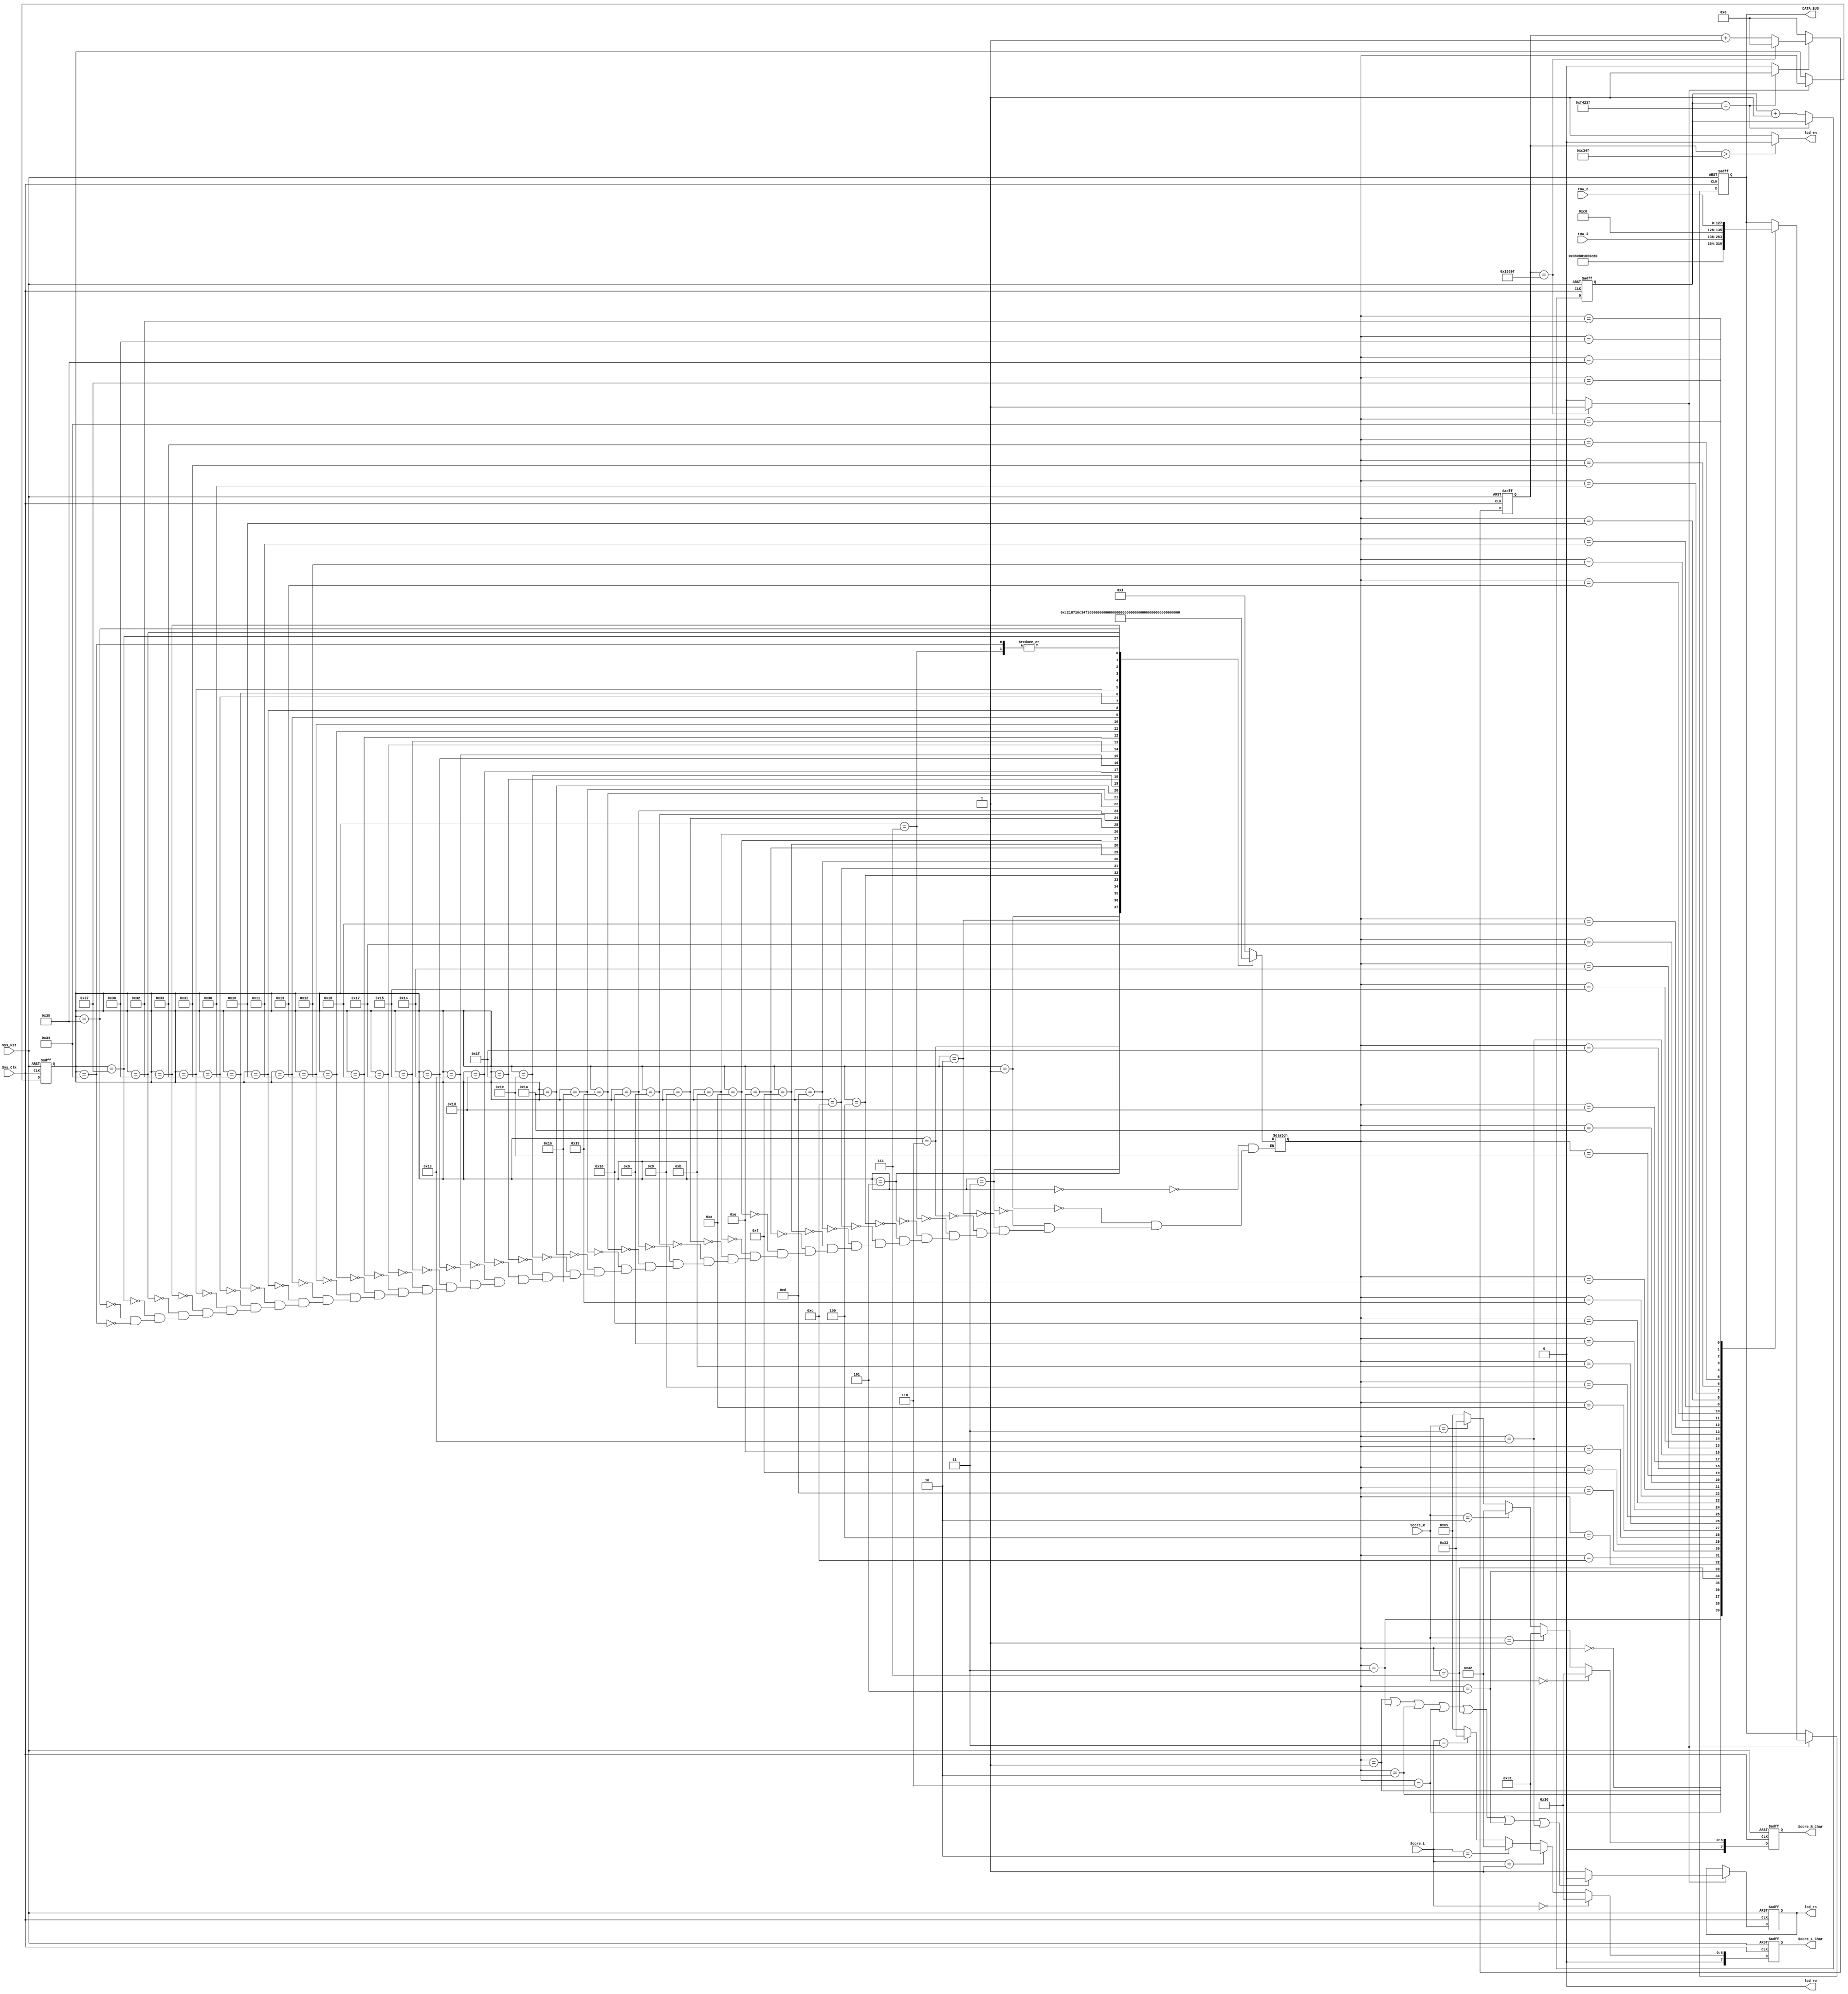
module LCD1602(
    input Sys_Clk,
    input Sys_Rst,
	input [127:0] row_1,
	input [127:0] row_2,
	input [3:0] Score_L,
	input [3:0] Score_R,
    output lcd_en,
    output lcd_rw,  //0.
    output reg lcd_rs,
    output reg [7:0] DATA_BUS,
	output reg [7:0] Score_L_Char,//L
	output reg [7:0] Score_R_Char//R
    );
	
reg  [5:0]    Curr_St ;
reg  [5:0]    Next_St ;

parameter TIME_20MS = 1000_000 ;

parameter TIME_500HZ= 100_000  ;
 
parameter Prepare=8'h00;//0x00                     
parameter Set_Function=8'h01;//5x78(0x38)       
parameter Disp_Off=8'h03;//,(0x08)
parameter Disp_Clear=8'h02;//(0x01)
parameter Entry_Mode=8'h06;//(0x06)
parameter Disp_On=8'h07;//(0x0c)
parameter Row1_Addr=8'h05;//0,00x80      
parameter Row1_0=8'h04;//00+800x80
parameter Row1_1=8'h0C;parameter Row1_2=8'h0D;
parameter Row1_3=8'h0F;parameter Row1_4=8'h0E;
parameter Row1_5=8'h0A;parameter Row1_6=8'h0B;
parameter Row1_7=8'h09;parameter Row1_8=8'h08;
parameter Row1_9=8'h18;parameter Row1_A=8'h19;
parameter Row1_B=8'h1B;parameter Row1_C=8'h1A;
parameter Row1_D=8'h1E;parameter Row1_E=8'h1F;
parameter Row1_F=8'h1D  ;

parameter Row2_ADDR=8'h1C  ;//40+80(1,0)(0xC0)
parameter Row2_0=8'h14;parameter Row2_1=8'h15;
parameter Row2_2=8'h17;parameter Row2_3=8'h16;
parameter Row2_4=8'h12;parameter Row2_5=8'h13;
parameter Row2_6=8'h11;parameter Row2_7=8'h10;
parameter Row2_8=8'h30;parameter Row2_9=8'h31;
parameter Row2_A=8'h33;parameter Row2_B=8'h32;
parameter Row2_C=8'h36;parameter Row2_D=8'h37;
parameter Row2_E=8'h35;parameter Row2_F=8'h34;


//20ms
reg [19:0] cnt_20ms ;
always  @(posedge Sys_Clk or negedge Sys_Rst)begin
    if(Sys_Rst==1'b0)begin
        cnt_20ms<=0;
    end
    else if(cnt_20ms == TIME_20MS -1)begin
        cnt_20ms<=cnt_20ms;
    end
    else
        cnt_20ms<=cnt_20ms + 1 ;
end
wire delay_done = (cnt_20ms==TIME_20MS-1)? 1'b1 : 1'b0 ;

//20ms
reg [19:0] Cnt_500Hz;
always  @(posedge Sys_Clk or negedge Sys_Rst)begin
    if(Sys_Rst==1'b0)begin
        Cnt_500Hz <= 0;
    end
    else if(delay_done==1)begin
        if(Cnt_500Hz== TIME_500HZ - 1)
            Cnt_500Hz<=0;
        else
            Cnt_500Hz<=Cnt_500Hz + 1 ;
    end
    else
        Cnt_500Hz<=0;
end

assign lcd_en = (Cnt_500Hz>(TIME_500HZ-1)/2)? 1'b0 : 1'b1;  //
assign write_flag = (Cnt_500Hz==TIME_500HZ - 1) ? 1'b1 : 1'b0 ;

always  @(posedge Sys_Clk or negedge Sys_Rst)begin
    if(Sys_Rst==1'b0)begin
        Curr_St <= Prepare    ;
    end
    else if(write_flag==1) begin
        Curr_St<= Next_St  ;
    end
    else
        Curr_St<=Curr_St   ;
end

always  @(*)begin//
    case (Curr_St)
		Prepare: Next_St = Set_Function;
		Set_Function: Next_St = Disp_Off;
		Disp_Off: Next_St = Disp_Clear;
		Disp_Clear: Next_St = Entry_Mode;
		Entry_Mode: Next_St = Disp_On;
		Disp_On : Next_St = Row1_Addr;
		Row1_Addr: Next_St = Row1_0;
		Row1_0: Next_St = Row1_1;
		Row1_1: Next_St = Row1_2;
		Row1_2: Next_St = Row1_3;
		Row1_3: Next_St = Row1_4;
		Row1_4: Next_St = Row1_5;
		Row1_5: Next_St = Row1_6;
		Row1_6: Next_St = Row1_7;
		Row1_7: Next_St = Row1_8;
		Row1_8: Next_St = Row1_9;
		Row1_9: Next_St = Row1_A;
		Row1_A: Next_St = Row1_B;
		Row1_B: Next_St = Row1_C;
		Row1_C: Next_St = Row1_D;
		Row1_D: Next_St = Row1_E;
		Row1_E: Next_St = Row1_F;
		Row1_F: Next_St = Row2_ADDR;

		Row2_ADDR: Next_St = Row2_0;
		Row2_0: Next_St = Row2_1;
		Row2_1: Next_St = Row2_2;
		Row2_2: Next_St = Row2_3;
		Row2_3: Next_St = Row2_4;
		Row2_4: Next_St = Row2_5;
		Row2_5: Next_St = Row2_6;
		Row2_6: Next_St = Row2_7;
		Row2_7: Next_St = Row2_8;
		Row2_8: Next_St = Row2_9;
		Row2_9: Next_St = Row2_A;
		Row2_A: Next_St = Row2_B;
		Row2_B: Next_St = Row2_C;
		Row2_C: Next_St = Row2_D;
		Row2_D: Next_St = Row2_E;
		Row2_E: Next_St = Row2_F;
		Row2_F: Next_St = Row1_Addr;
		default: Next_St = Next_St;
    endcase 
   end   

   assign lcd_rw = 0;
   always  @(posedge Sys_Clk or negedge Sys_Rst)begin
       if(Sys_Rst==1'b0)begin
           lcd_rs <= 0 ;
       end
       else if(write_flag == 1)begin
           if((Next_St==Set_Function)||(Next_St==Disp_Off)||
              (Next_St==Disp_Clear)||(Next_St==Entry_Mode)||
              (Next_St==Disp_On ) ||(Next_St==Row1_Addr)||
              (Next_St==Row2_ADDR))begin
           lcd_rs<=0 ;
           end 
           else  begin
           lcd_rs<= 1;
           end
       end
       else begin
           lcd_rs<=lcd_rs;
       end     
   end                   

    always  @(posedge Sys_Clk or negedge Sys_Rst)begin//
        if(Sys_Rst==1'b0)begin
			DATA_BUS<=0 ;
        end
        else  if(write_flag)begin
            case(Next_St)
				Prepare: DATA_BUS <= 8'h00;
				Set_Function: DATA_BUS <= 8'h38;
				Disp_Off: DATA_BUS <= 8'h08;
				Disp_Clear: DATA_BUS <= 8'h01;
				Entry_Mode: DATA_BUS <= 8'h06;
				Disp_On   : DATA_BUS <= 8'h0c;
				Row1_Addr: DATA_BUS <= 8'h80;
				Row1_0: DATA_BUS <= row_1 [127:120];
				Row1_1: DATA_BUS <= row_1 [119:112];
				Row1_2: DATA_BUS <= row_1 [111:104];
				Row1_3: DATA_BUS <= row_1 [103: 96];
				Row1_4: DATA_BUS <= row_1 [ 95: 88];
				Row1_5: DATA_BUS <= row_1 [ 87: 80];
				Row1_6: DATA_BUS <= row_1 [ 79: 72];
				Row1_7: DATA_BUS <= row_1 [ 71: 64];
				Row1_8: DATA_BUS <= row_1 [ 63: 56];
				Row1_9: DATA_BUS <= row_1 [ 55: 48];
				Row1_A: DATA_BUS <= row_1 [ 47: 40];
				Row1_B: DATA_BUS <= row_1 [ 39: 32];
				Row1_C: DATA_BUS <= row_1 [ 31: 24];
				Row1_D: DATA_BUS <= row_1 [ 23: 16];
				Row1_E: DATA_BUS <= row_1 [ 15:  8];
				Row1_F: DATA_BUS <= row_1 [  7:  0];

				Row2_ADDR: DATA_BUS <= 8'hc0;
				Row2_0: DATA_BUS <= row_2 [127:120];
				Row2_1: DATA_BUS <= row_2 [119:112];
				Row2_2: DATA_BUS <= row_2 [111:104];
				Row2_3: DATA_BUS <= row_2 [103: 96];
				Row2_4: DATA_BUS <= row_2 [ 95: 88];
				Row2_5: DATA_BUS <= row_2 [ 87: 80];
				Row2_6: DATA_BUS <= row_2 [ 79: 72];
				Row2_7: DATA_BUS <= row_2 [ 71: 64];
				Row2_8: DATA_BUS <= row_2 [ 63: 56];
				Row2_9: DATA_BUS <= row_2 [ 55: 48];
				Row2_A: DATA_BUS <= row_2 [ 47: 40];
				Row2_B: DATA_BUS <= row_2 [ 39: 32];
				Row2_C: DATA_BUS <= row_2 [ 31: 24];
				Row2_D: DATA_BUS <= row_2 [ 23: 16];
				Row2_E: DATA_BUS <= row_2 [ 15:  8];
				Row2_F: DATA_BUS <= row_2 [  7:  0];
			endcase                     
		end
    else
        DATA_BUS<=DATA_BUS ;
    end
   
	always@(posedge Sys_Clk or negedge Sys_Rst)begin
		if(!Sys_Rst)begin
			Score_L_Char <= 4'd0;
		end
		else if(Score_L == 4'd0)
			Score_L_Char <= "0";
		else if(Score_L == 4'd1)
			Score_L_Char <= "1";
		else if(Score_L == 4'd2)
			Score_L_Char <= "2";
		else if(Score_L == 4'd3)
			Score_L_Char <= "3";
		else
			Score_L_Char<="e";
	end
	
	always@(posedge Sys_Clk or negedge Sys_Rst)begin
		if(!Sys_Rst)begin
			Score_R_Char <= 4'd0;
		end
		else if(Score_R == 4'd0)
			Score_R_Char <= "0";
		else if(Score_R == 4'd1)
			Score_R_Char <= "1";
		else if(Score_R == 4'd2)
			Score_R_Char <= "2";
		else if(Score_R == 4'd3)
			Score_R_Char <= "3";
		else
			Score_R_Char<="e";
	end

endmodule